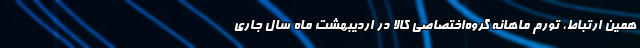
همین ارتباط، تورم ماهانه گروه‌اختصاصی کالا در اردیبهشت ماه سال جاری